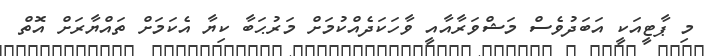
މި ޕާޓީއަކީ އަބަދުވެސް މަޝްވަރާއާއީ ވާހަކަދެއްކުމަށް މަރުޙަބާ ކިޔާ އެކަމަށް ތައްޔާރަށް އޮތް